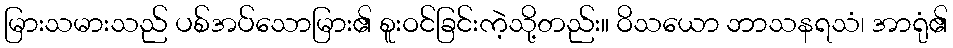
မြားသမားသည် ပစ်အပ်သောမြား၏ စူးဝင်ခြင်းကဲ့သို့တည်း။ ဝိသယော ဘာသနရသံ၊ အာရုံ၏